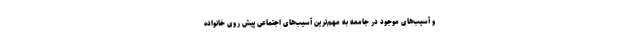
و آسیب‌های موجود در جامعه به مهم‌ترین آسیب‌های اجتماعی پیش روی خانواده